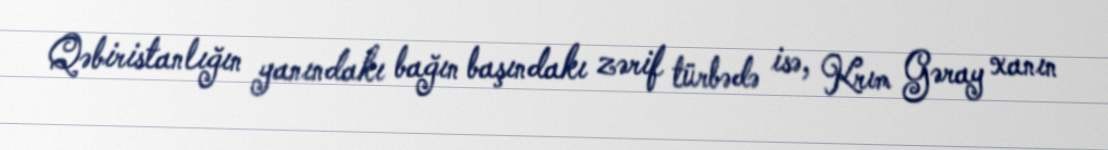
Qəbiristanlığın yanındakı bağın başındakı zərif türbədə isə, Krım Gəray xanın